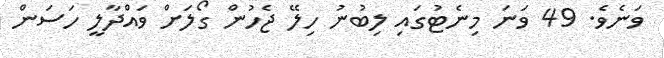
ވަނެވެ. 49 ވަނަ މިނެޓުގައި ލިބުނު ހިލޭ ޖެހުން ގޯލަށް ވައްދާލީ ހަސަން